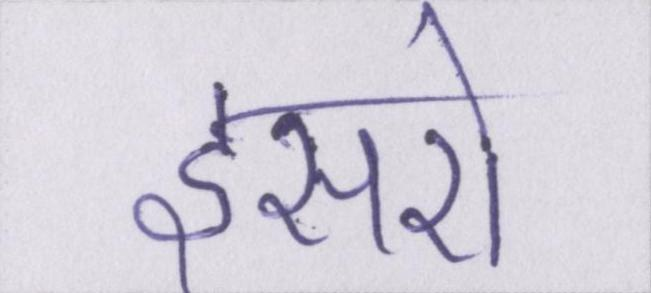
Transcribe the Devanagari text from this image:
इसरो